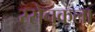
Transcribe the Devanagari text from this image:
रसेनकला